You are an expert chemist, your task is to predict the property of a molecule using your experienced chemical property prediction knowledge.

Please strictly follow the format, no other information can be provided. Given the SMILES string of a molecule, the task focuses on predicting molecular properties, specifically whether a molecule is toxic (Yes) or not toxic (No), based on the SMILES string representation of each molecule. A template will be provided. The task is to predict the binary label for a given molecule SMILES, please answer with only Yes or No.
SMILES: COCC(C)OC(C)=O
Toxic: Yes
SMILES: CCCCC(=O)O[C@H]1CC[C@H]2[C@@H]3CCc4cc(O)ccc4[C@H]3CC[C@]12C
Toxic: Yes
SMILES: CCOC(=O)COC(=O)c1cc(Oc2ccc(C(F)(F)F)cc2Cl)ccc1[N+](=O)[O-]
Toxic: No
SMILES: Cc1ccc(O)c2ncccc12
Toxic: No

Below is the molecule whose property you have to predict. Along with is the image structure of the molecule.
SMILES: OC[C@H]1O[C@@H](OCCc2ccc(O)cc2)[C@H](O)[C@@H](O)[C@@H]1O
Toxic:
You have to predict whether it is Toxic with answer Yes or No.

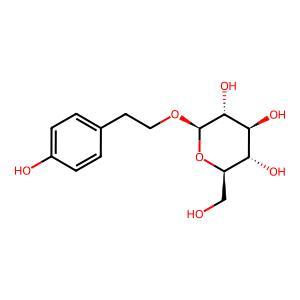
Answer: No